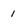
Character: 1